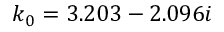
k _ { 0 } = 3 . 2 0 3 - 2 . 0 9 6 i